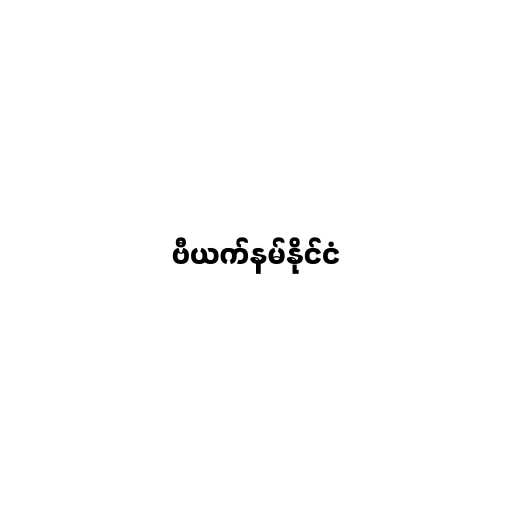
ဗီယက်နမ်နိုင်ငံ